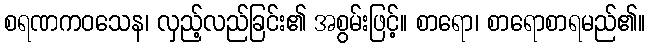
စရဏကဝသေန၊ လှည့်လည်ခြင်း၏ အစွမ်းဖြင့်။ စာရော၊ စာရောစာရမည်၏။